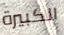
الكبيرة